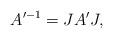
LaTeX: \begin{align*} A'^{- 1} = JA'J, \end{align*}